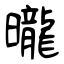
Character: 曨